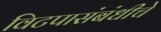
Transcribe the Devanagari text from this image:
विटपासंबंधीचे